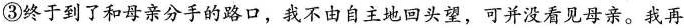
③终于到了和母亲分手的路口，我不由自主地回头望，可并没看见母亲。我再